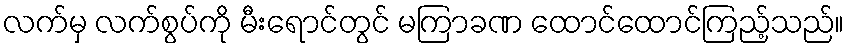
လက်မှ လက်စွပ်ကို မီးရောင်တွင် မကြာခဏ ထောင်ထောင်ကြည့်သည်။